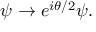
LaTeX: \psi \rightarrow e ^ { i \theta / 2 } \psi .